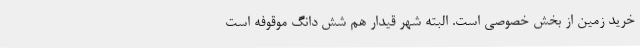
خرید زمین از بخش خصوصی است. البته شهر قیدار هم شش دانگ موقوفه است